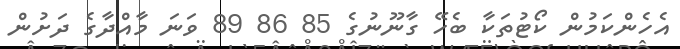
އެހެންކަމުން ކޯޓުތަކާ ބެހޭ ގާނޫނުގެ 85 86 89 ވަނަ މާއްދާގެ ދަށުން